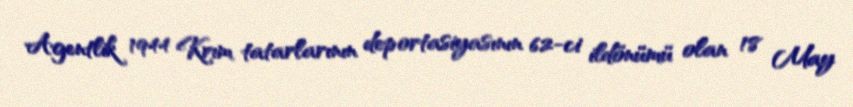
Agentlik 1944 Krım tatarlarının deportasiyasının 62-ci ildönümü olan 18 May